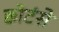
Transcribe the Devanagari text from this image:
छोटंसे